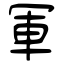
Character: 軍